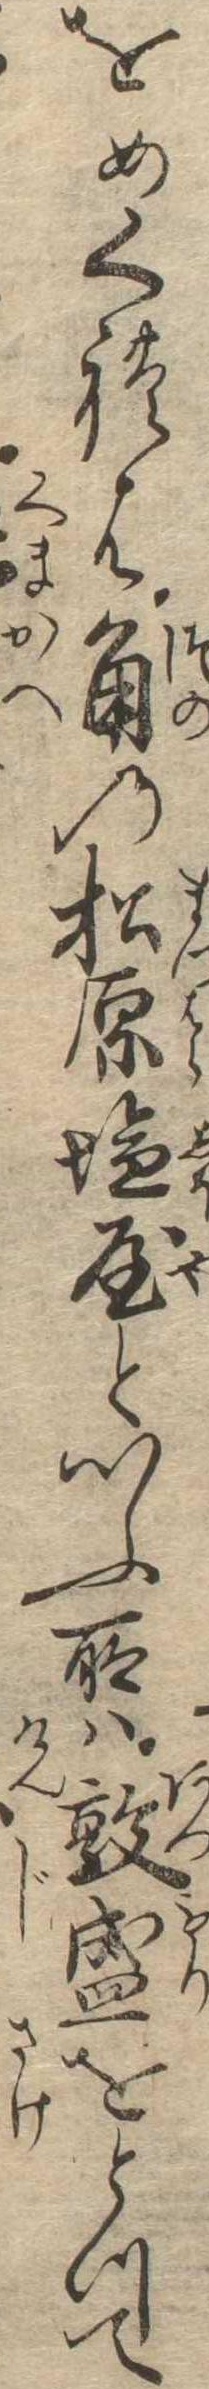
をめくれは角の松原塩屋といふ所は敦盛をとつて